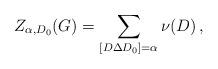
LaTeX: \begin{align*}Z_{\alpha,D_0}(G)=\sum_{[D\Delta D_0]=\alpha}\nu(D)\,,\end{align*}